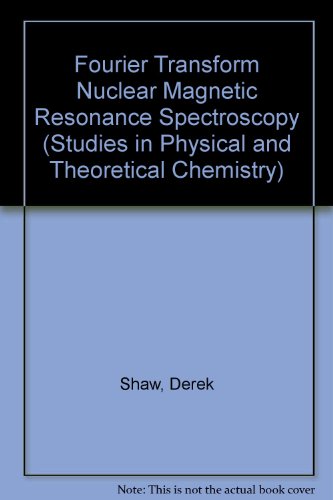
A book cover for Fourier Transform Nuclear Magnetic Resonance Spectroscopy (Studies in Physical and Theoretical Chemistry); Derek Shaw; Science & Math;